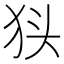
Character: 𭸃